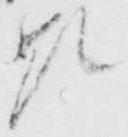
顕